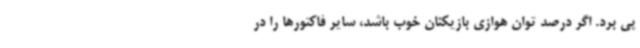
پی برد. اگر درصد توان هوازی بازیکنان خوب باشد، سایر فاکتورها را در